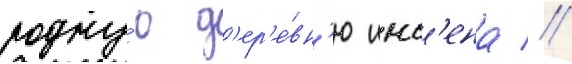
родну́ю д'ер'е́вн'ю инс'ена //